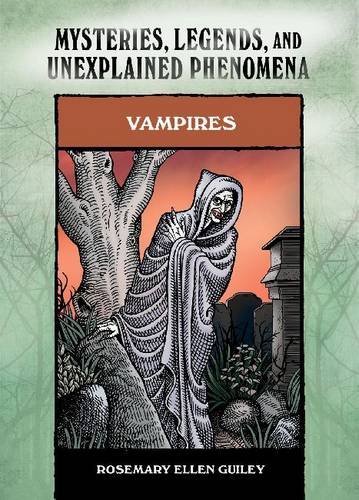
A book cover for Vampires (Mysteries, Legends, and Unexplained Phenomena); Rosemary Ellen Guiley; Teen & Young Adult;